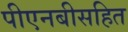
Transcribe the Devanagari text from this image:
पीएनबीसहित